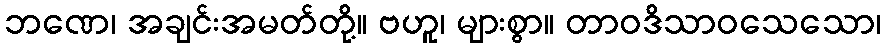
ဘဏေ၊ အချင်းအမတ်တို့။ ဗဟူ၊ များစွာ။ တာဝဒိသာဝသေသော၊